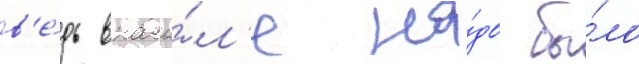
в'е́дь внача́л'е на́до бы́ло